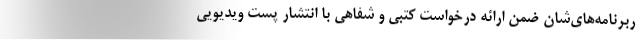
ربرنامه‌های‌شان ضمن ارائه درخواست کتبی و شفاهی با انتشار پست ویدیویی